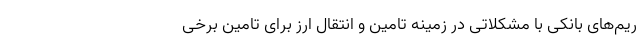
ریم‌های بانکی با مشکلاتی در زمینه تامین و انتقال ارز برای تامین برخی